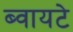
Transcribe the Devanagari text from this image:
ब्वायटे